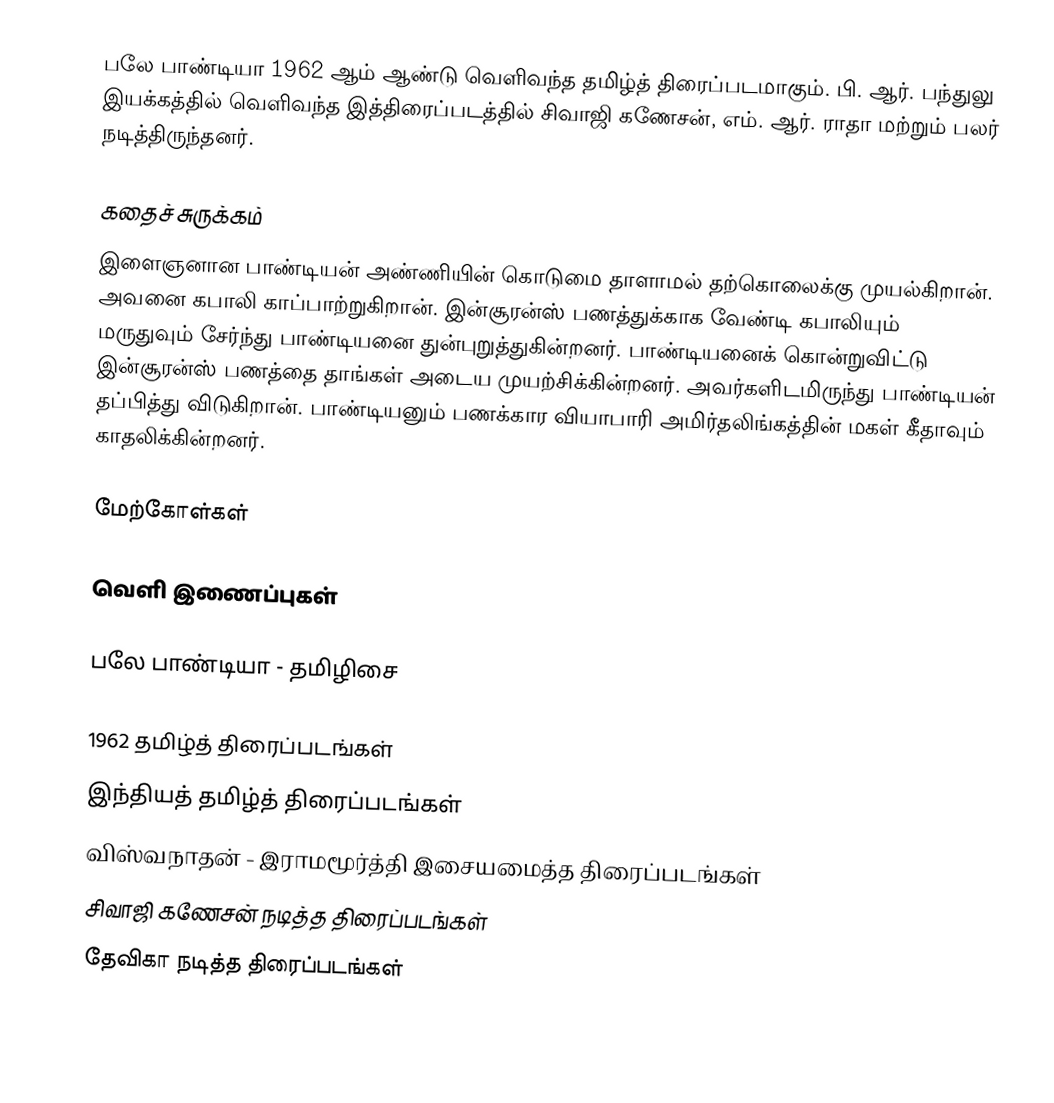
பலே பாண்டியா 1962 ஆம் ஆண்டு வெளிவந்த தமிழ்த் திரைப்படமாகும். பி. ஆர். பந்துலு இயக்கத்தில் வெளிவந்த இத்திரைப்படத்தில் சிவாஜி கணேசன், எம். ஆர். ராதா மற்றும் பலர் நடித்திருந்தனர்.

கதைச் சுருக்கம்
இளைஞனான பாண்டியன் அண்ணியின் கொடுமை தாளாமல் தற்கொலைக்கு முயல்கிறான். அவனை கபாலி காப்பாற்றுகிறான். இன்சூரன்ஸ் பணத்துக்காக வேண்டி கபாலியும் மருதுவும் சேர்ந்து பாண்டியனை துன்புறுத்துகின்றனர். பாண்டியனைக் கொன்றுவிட்டு இன்சூரன்ஸ் பணத்தை தாங்கள் அடைய முயற்சிக்கின்றனர். அவர்களிடமிருந்து பாண்டியன் தப்பித்து விடுகிறான். பாண்டியனும் பணக்கார வியாபாரி அமிர்தலிங்கத்தின் மகள் கீதாவும் காதலிக்கின்றனர்.

மேற்கோள்கள்

வெளி இணைப்புகள்

 பலே பாண்டியா - தமிழிசை

1962 தமிழ்த் திரைப்படங்கள்
இந்தியத் தமிழ்த் திரைப்படங்கள்
விஸ்வநாதன் - இராமமூர்த்தி இசையமைத்த திரைப்படங்கள்
சிவாஜி கணேசன் நடித்த திரைப்படங்கள்
தேவிகா நடித்த திரைப்படங்கள்